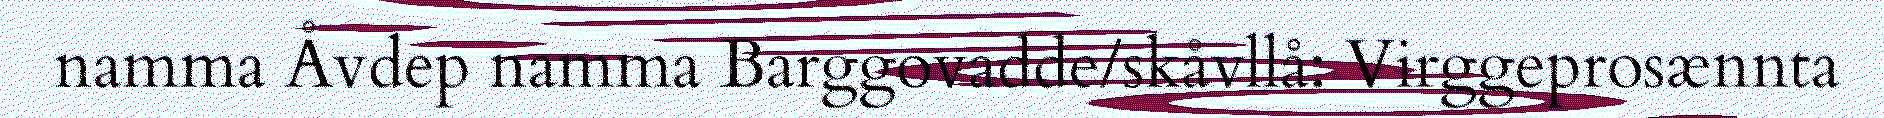
namma Åvdep namma Barggovadde/skåvllå: Virggeprosænnta